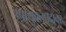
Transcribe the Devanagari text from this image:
उपायुक्तपदावर